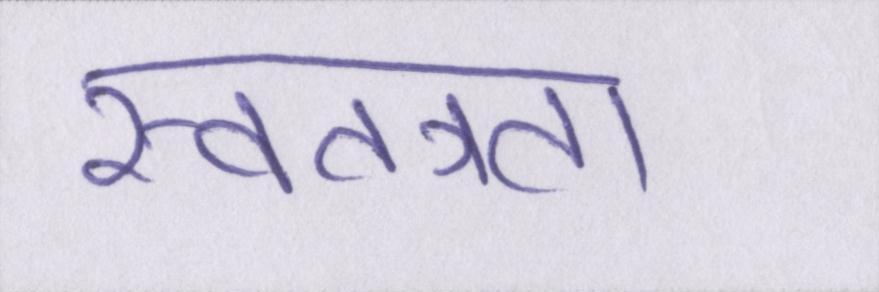
स्वतत्रता